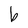
Character: b